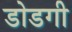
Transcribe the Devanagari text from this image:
डोडगी